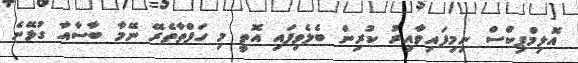
އޮލިމްޕިކްސް ނިމިފައިވާއިރު ކުރިން ބެލެވިފައި އޮތީ މި ހަފްތާތެރޭ ނޭމާ ބާސާއާ ގުޅޭނެ